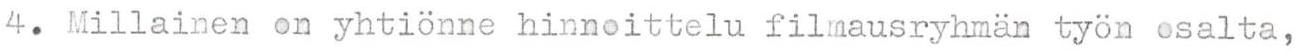
4. Millainen on yhtiönne hinnoittelu filmausryhmän työn osalta,